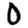
Digit: 0